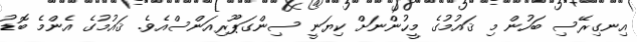
އިނގިރޭސި ބަހުން މި ޤައުމުގެ މީހުންނަށް ކިޔަނީ ސިންގަޕޫރިއަންސްއެވެ. ޤައުމުގެ އެންމެ ބޮޑު